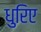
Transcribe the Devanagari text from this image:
धुरिए